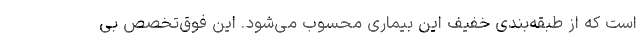
است که از طبقه‌بندی خفیف این بیماری محسوب می‌شود. این فوق‌تخصص بی